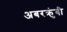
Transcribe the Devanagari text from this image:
अबरक्रुंबी